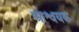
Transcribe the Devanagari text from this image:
आश्वयक